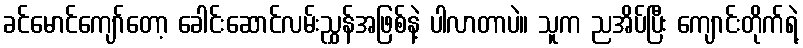
ခင်မောင်ကျော်တော့ ခေါင်းဆောင်လမ်းညွှန်အဖြစ်နဲ့ ပါလာတာပဲ။ သူက ညအိပ်ပြီး ကျောင်းတိုက်ရဲ့